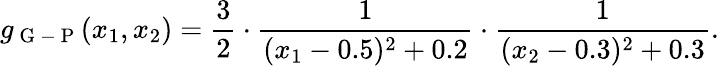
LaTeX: g_{\mathrm{~G~-~P~}}(x_{1},x_{2})=\frac{3}{2}\cdot\frac{1}{(x_{1}-0.5)^{2}+0.2}\cdot\frac{1}{(x_{2}-0.3)^{2}+0.3}.